Report on the working of the Ranchi Indian Mental Hospital, Kanke, in Bihar and Orissa - 1930-1940
Year: 1930
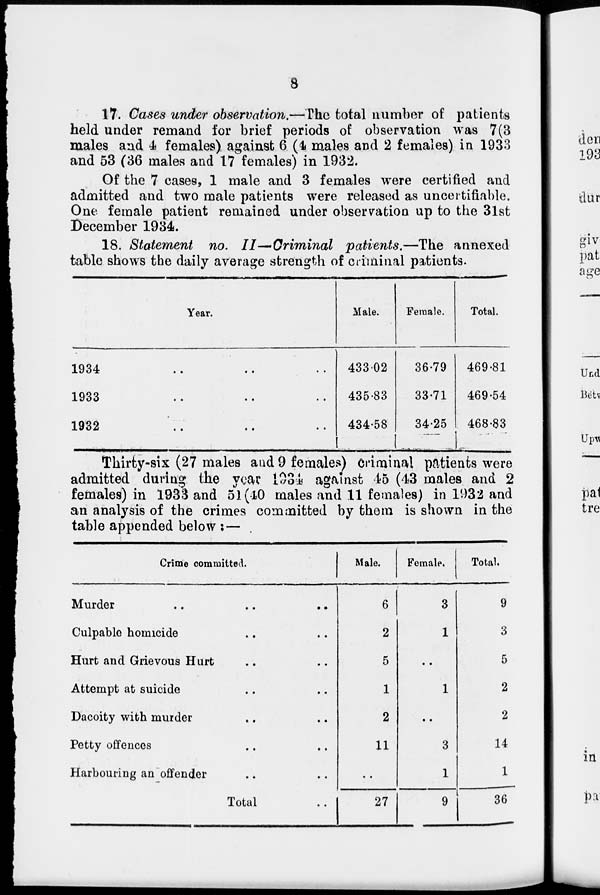
8
17. Cases under observation.—The total number of patients
held under remand for brief periods of observation was 7(3
males and 4 females) against 6 (4 males and 2 females) in 1933
and 53 (36 males and 17 females) in 1932.
Of the 7 cases, 1 male and 3 females were certified and
admitted and two male patients were released as uncertifiable.
One female patient remained under observation up to the 31st
December 1934.
18. Statement no. II—Criminal patients.—The annexed
table shows the daily average strength of criminal patients.
Year.
1934
..
..
..
1933
..
..
..
1932
..
..
..
Male.
433.02
435.83
434.58
Female.
36.79
33.71
34.25
Total.
469.81
469.54
468.83
Thirty-six (27 males and 9 females) criminal patients were
admitted during the year 1934 against 45 (43 males and 2
females) in 1933 and 51(10 males and 11 females) in 1932 and
an analysis of the crimes committed by them is shown in the
table appended below : —
Crime committed.
Murder .. .. ..
Culpable homicide .. ..
Hurt and Grievous Hurt .. ..
Attempt at suicide .. ..
Dacoity with murder .. ..
Petty offences .. ..
Harbouring an offender .. ..
Total ..
Male.
6
2
5
1
2
11
..
27
Female.
3
1
..
1
..
3
1
9
Total.
9
3
5
2
2
14
1
36